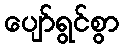
ပျော်ရွင်စွာ